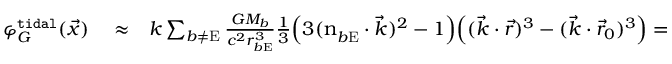
\begin{array} { r l r } { \varphi _ { G } ^ { \tt t i d a l } ( \vec { x } ) } & { { } \approx } & { k \sum _ { b \not = \mathrm { E } } \frac { G M _ { b } } { c ^ { 2 } r _ { b \mathrm { E } } ^ { 3 } } { \textstyle \frac { 1 } { 3 } } \Big ( 3 ( \boldsymbol { \mathrm { n } } _ { b \mathrm { E } } ^ { } \cdot \vec { k } ) ^ { 2 } - 1 \Big ) \Big ( ( \vec { k } \cdot \vec { r } ) ^ { 3 } - ( \vec { k } \cdot \vec { r } _ { 0 } ) ^ { 3 } \Big ) = } \end{array}